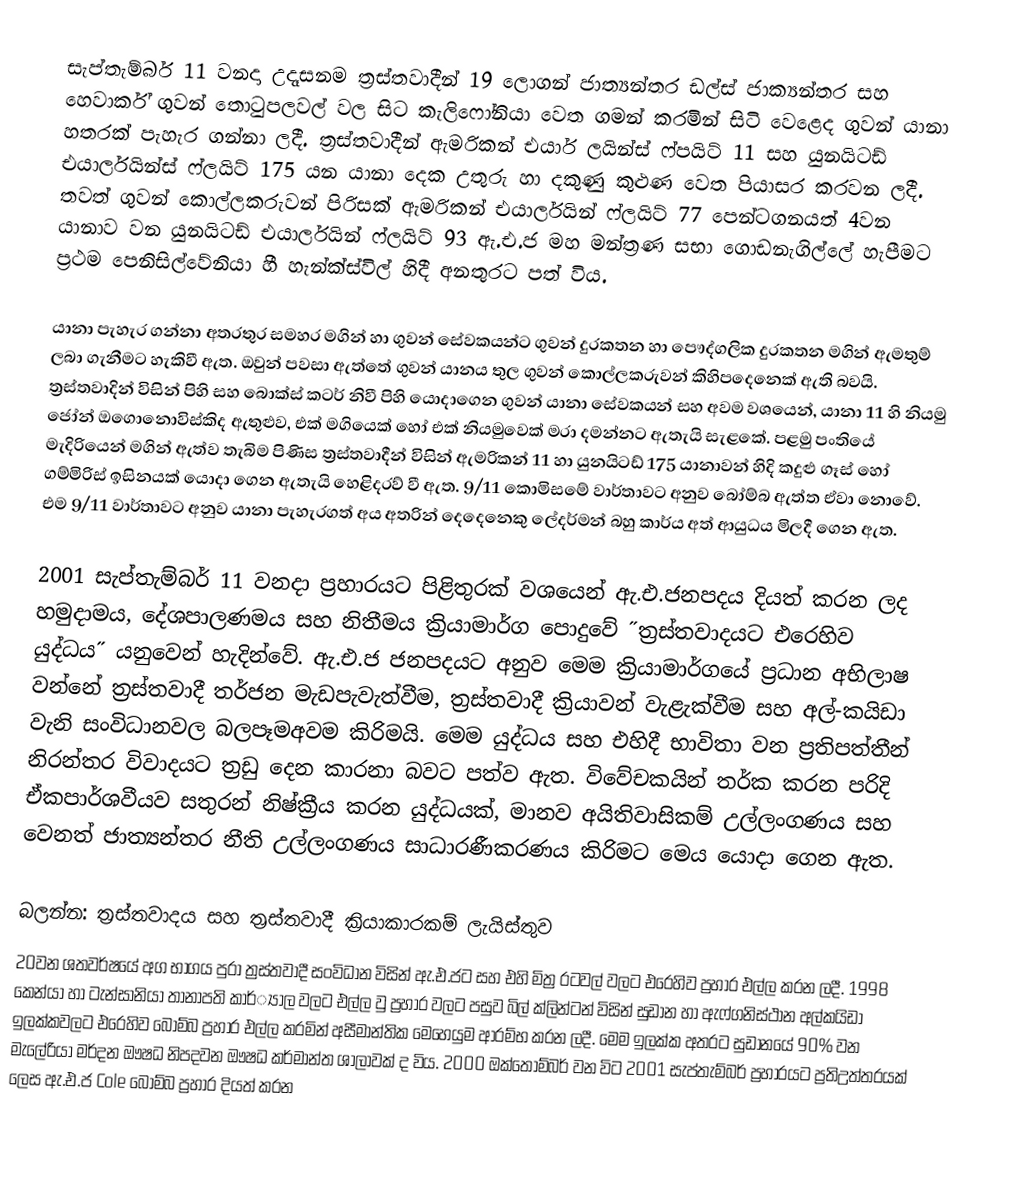
සැප්තැම්බර් 11 වනදා උදෑසනම ත්‍රස්තවාදීන් 19 ලොගන් ජාත්‍යන්තර ඩල්ස් ජාක්‍යන්තර සහ හෙවාර්ක් ගුවන් තොටුපලවල් වල සිට කැලිෆෝනියා වෙත ගමන් කරමින් සිටි වෙළෙද ගුවන් යානා හතරක් පැහැර ගන්නා ලදී. ත්‍රස්තවාදීන් ඇමරිකන් එයාර් ලයින්ස් ෆ්පයිට් 11 සහ යුනයිටඩ් එයාර්ලයින්ස් ෆ්ලයිට් 175 යන යානා දෙක උතුරු හා දකුණු කුළු‍ණ වෙත පියාසර කරවන ලදී. තවත් ගුවන් කොල්ලකරුවන් පිරිසක් ඇමරිකන් එයාර්ලයින් ෆ්ලයිට් 77 පෙන්ටගනයත් 4වන යානාව වන යුනයිටඩ් එයාර්ලයින් ෆ්ලයිට් 93 ඇ.එ.ජ මහ මන්ත්‍රණ සභා ගොඩනැගිල්ලේ හැපීමට ප්‍රථම පෙනිසිල්වේනියා හී හැන්ක්ස්විල් හිදී අනතුරට පත් විය.

යානා පැහැර ගන්නා අතරතුර සමහර මගින් හා ගුවන් සේවකයන්ට ගුවන් දුරකතන හා පෞද්ගලික දුරකතන මගින් ඇමතුම් ලබා ගැනීමට හැකිවී ඇත. ඔවුන් පවසා ඇත්තේ  ගුවන් යානය තුල ගුවන් කොල්ලකරුවන් කිහිපදෙනෙක් ඇති බවයි. ත්‍රස්තවාදින් විසින් පිහි සහ බොක්ස් කටර් නිවී පිහි යොදාගෙන ගුවන් යානා සේවකයන් සහ අවම වශයෙන්, යානා 11 හි නියමු ජෝන් ඔගොනොවිස්කිද ඇතුළුව, එක් මගියෙක් හෝ එක් නියමුවෙක් මරා දමන්නට ඇතැයි සැළකේ. පළමු පංතියේ මැදිරියෙන් මගින් ඇත්ව තැබිම පිණිස ත්‍රස්තවාදීන් විසින් ඇමරිකන් 11 හා යුනයිටඩ් 175 යානාවන් හිදි කදුළු ගෑස් හෝ ගම්මිරිස් ඉසිනයක් යොදා ගෙන ඇතැයි හෙළිදරව් වී ඇත. 9/11 කොමිසමේ වාර්තාවට අනුව බෝම්බ ඇත්ත ඒවා නොවේ. එම 9/11 වාර්තාවට අනුව යානා පැහැරගත් අය අතරින් දෙදෙනෙකු ලේදර්මන් බහු කාර්ය අත් ආයුධය මිලදී ගෙන ඇත.

2001 සැප්තැම්බර් 11 වනදා ප්‍රහාරයට පිළිතුරක් වශයෙන් ඇ.එ.ජනපදය දියත් කරන ලද හමුදාමය, දේශපාලණමය සහ නිතීමය ක්‍රියාමාර්ග පොදුවේ ˝ත්‍රස්තවාදයට එරෙහිව යුද්ධය˝ යනුවෙන් හැදින්වේ. ඇ.එ.ජ ජනපදයට අනුව මෙම ක්‍රියාමාර්ගයේ ප්‍රධාන අභිලාෂ වන්නේ ත්‍රස්තවාදී තර්ජන මැඩපැවැත්වීම, ත්‍රස්තවාදී ක්‍රියාවන් වැළැක්වීම සහ අල්-කයිඩා වැනි සංවිධානවල බලපෑමඅවම කිරිමයි. මෙම යුද්ධය සහ එහිදී භාවිතා වන ප්‍රතිපත්තීන් නිරන්තර විවාදයට ත්‍රඩු දෙන කාරනා බවට පත්ව ඇත. විවේචකයින් තර්ක කරන පරිදි ඒකපාර්ශවීය‍ව සතුරන් නිෂ්ක්‍රීය කරන යුද්ධයක්, මානව අයිතිවාසිකම් උල්ලංගණය සහ වෙනත් ජාත්‍යන්තර නීති උල්ලංගණය සාධාරණීකරණය කිරිමට මෙය යොදා ගෙන ඇත.

බලන්න: ත්‍රස්තවාදය සහ ත්‍රස්තවාදී ක්‍රියාකාරකම් ලැයිස්තුව
20වන ශතවර්ෂයේ අග භාගය පුරා ත්‍රස්තවාදී සංවිධාන විසින් ඇ.එ.ජට සහ එහි මිත්‍ර රටවල් වලට එරෙහිව ප්‍රහාර එල්ල කරන ලදී. 1998 කෙන්යා හා ටැන්සානියා තානාපති කාර්්‍යාල වලට එල්ල වු ප්‍රහාර වලට පසුව බිල් ක්ලින්ටන් විසින් සුඩාන හා ඇෆ්ගනිස්ථාන අල්කයිඩා ඉලක්කවලට එරෙහිව බෝම්බ ප්‍රහාර එල්ල කරමින් අසීමාන්තික මෙහෙයුම ආරම්භ කරන ලදී. මෙම ඉලක්ක අතරට සුඩානයේ 90% වන මැලේරියා මර්දන ඖෂධ නිපදවන ඖෂධ කර්මාන්ත ශාලාවක් ද විය. 2000 ඔක්තෝම්බර් වන විට 2001 සැප්තැම්බර් ප්‍රහාරයට ප්‍රතිඋත්තරයක් ලෙස ඇ.එ.ජ Cole බෝම්බ ප්‍රහාර දියත් කරන